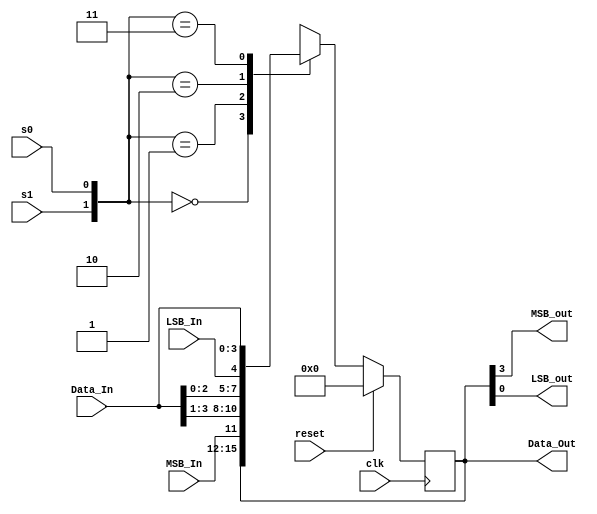
module Universal_Shift_Reg (Data_Out,MSB_out,LSB_out,Data_In,MSB_In, LSB_In, s1, s0, clk, reset); 
output [3: 0] Data_Out; 
input [3: 0] Data_In; 
output MSB_out,LSB_out;
input MSB_In, LSB_In; 
input s1, s0, clk, reset; 
reg [3: 0] Data_Out; 
assign MSB_out=Data_Out[3];
assign LSB_out=Data_Out[0];
always @ (posedge clk) 
begin 
if (reset) Data_Out <= 0; 
else 
case ({s1, s0}) 
0: Data_Out <= Data_Out; 		 // Hold 
1: Data_Out <= {MSB_In, Data_In[3:1]};  // Serial shift from MSB 
2: Data_Out <= {Data_In[2:0], LSB_In}; // Serial shift from LSB 
3: Data_Out <= Data_In; 		 // Parallel Load 
endcase 
end 
endmodule